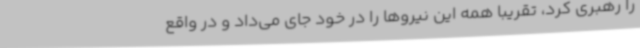
را رهبری کرد، تقریبا همه این نیروها را در خود جای می‌داد و در واقع